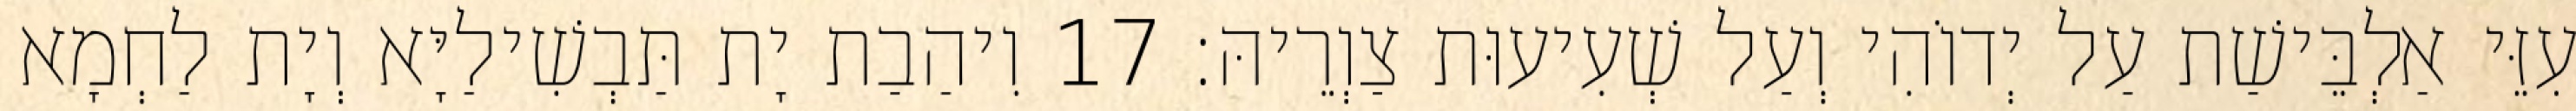
עִזֵּי אַלְבֵּישַׁת עַל יְדוֹהִי וְעַל שְׁעִיעוּת צַוְרֵיהּ׃ 17 וִיהַבַת יָת תַּבְשִׁילַיָּא וְיָת לַחְמָא